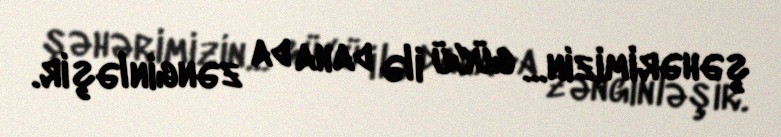
şəhərimizin... gücü ilə daha da zənginləşir.